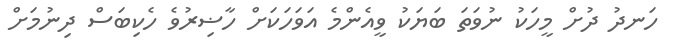
ހަނދު ދުށް މީހަކު ނުވަތަ ބަޔަކު ވީއެންމެ އަވަހަކަށް ހާޟިރުވެ ހެކިބަސް ދިނުމަށް